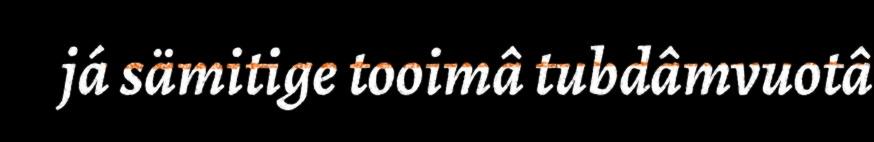
já sämitige tooimâ tubdâmvuotâ